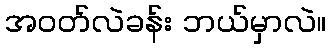
အဝတ်လဲခန်း ဘယ်မှာလဲ။